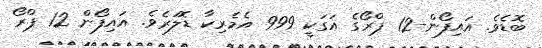
ބޮޑެވެ. އައިފޯން-12 ޕްރޯގެ އަގަކީ 999 އެމެރިކާ ޑޮލަރެވެ. އައިފޯން 12 ޕްރޯ